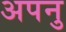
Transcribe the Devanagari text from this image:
अपनु